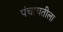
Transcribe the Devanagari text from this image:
पंचायतीला